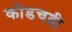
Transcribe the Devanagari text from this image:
कोडचद्री